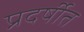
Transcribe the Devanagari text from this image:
प्रदर्षीत